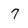
Character: 7